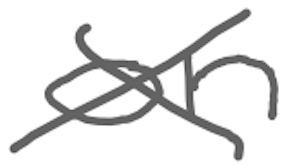
Text: on
Cross-out: cross
Writing tool: digital_gray